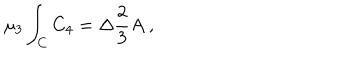
\mu _ { 3 } \int _ { C } C _ { 4 } = \Delta \frac { 2 } { 3 } A \ ,